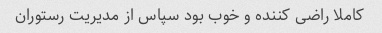
کاملا راضی کننده و خوب بود سپاس از مدیریت رستوران